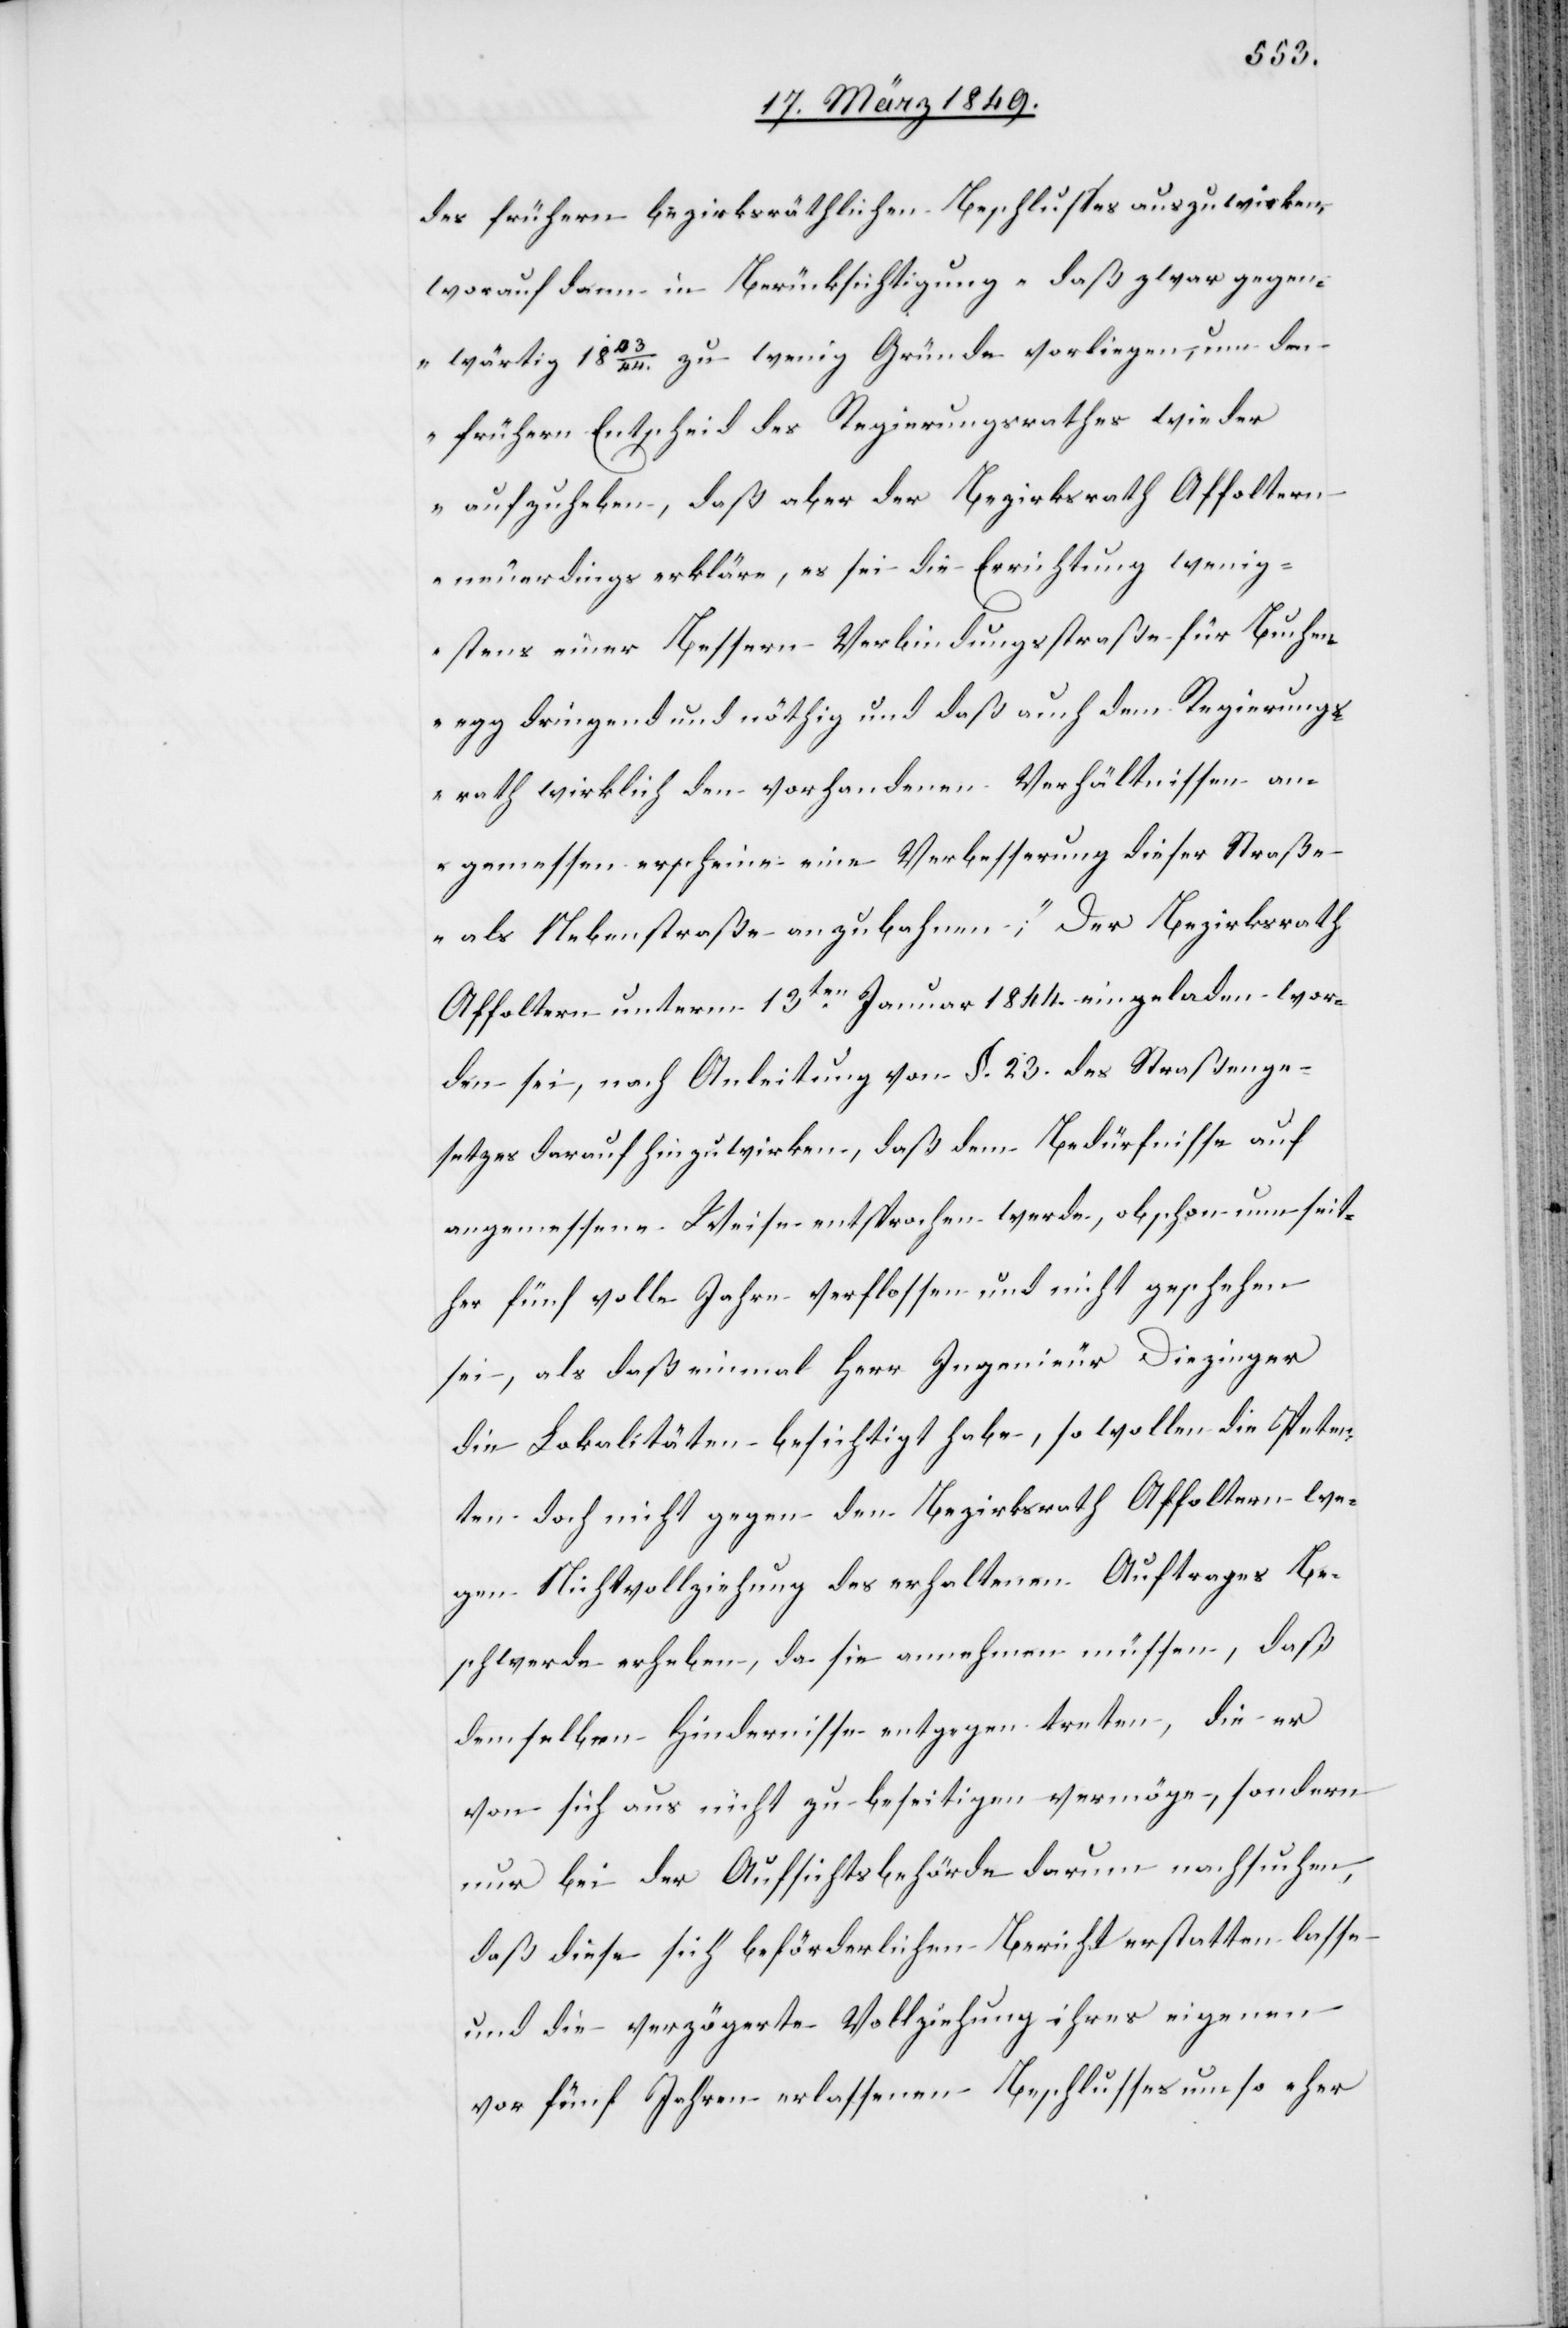
des frühern bezirksräthlichen Beschlusses auszuwirken,
worauf dann in Berücksichtigung „daß zwar gegen¬
wärtig 1843/44. zu wenig Gründe vorliegen, um den
frühern Entscheid des Regierungsrathes wieder
aufzuheben, daß aber der Bezirksrath Affoltern
neuerdings erkläre, es sei die Errichtung wenig¬
stens einer Bessern Verbindungsstraße für Buchen¬
egg dringend und nöthig und daß auch dem Regierungs¬
rath wirklich den vorhandenen Verhältnissen an¬
gemessen erscheine eine Verbesserung dieser Straße
als Nebenstraße anzubahnen;“ Der Bezirksrath
Affoltern unterm 13ten. Januar 1844. eingeladen wor¬
den sei, nach Anleitung von §. 23. des Straßenge¬
setzes darauf hinzuwirken, daß dem Bedürfnisse auf
angemessene Weise entsprochen werde, obschon nun seit¬
her fünf volle Jahre verflossen und nicht[s] geschehen
sei, als daß einmal Herr Ingenieur Diezinger
die Lokalitäten besichtigt habe, so wollen die Peten¬
ten doch nicht gegen den Bezirksrath Affoltern we¬
gen Nichtvollziehung des erhaltenen Auftrages Be¬
schwerde erheben, da sie annehmen müssen, daß
demselben Hindernisse entgegen treten, die
von sich aus nicht zu beseitigen vermöge, sondern
nur bei der Aufsichtsbehörde darum nachsuchen,
daß diese sich beförderlichen Bericht erstatten lasse
und die verzögerte Vollziehung ihres eigenen
vor fünf Jahren erlassenen Beschlusses um so eher